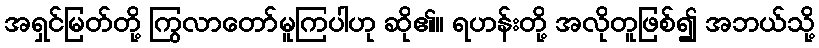
အရှင်မြတ်တို့ ကြွလာတော်မူကြပါဟု ဆို၏။ ရဟန်းတို့ အလိုတူဖြစ်၍ အဘယ်သို့